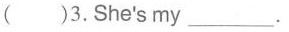
( )3.She's my ___ .